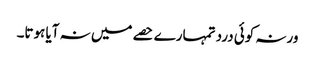
ورنہ کوئی درد تمہارے حصے میں نہ آیا ہوتا۔